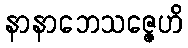
နာနာဘေသဇ္ဇေဟိ